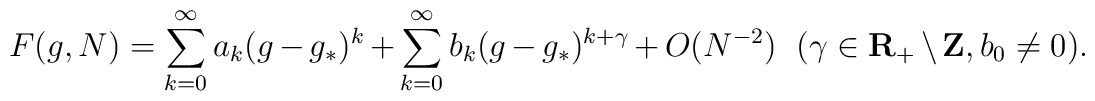
F(g,N) = \sum_{k=0}^\infty a_k(g-g_*)^k         + \sum_{k=0}^\infty b_k(g-g_*)^{k+\gamma} + O(N^{-2})  \ \ (\gamma \in {\bf R}_+\setminus{\bf Z}, b_0\ne0).